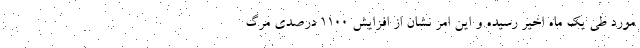
مورد طی یک ماه اخیر رسیده و این امر نشان از افزایش 1100 درصدی مرگ